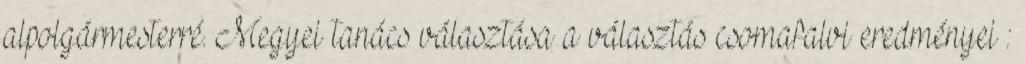
alpolgármesterré. Megyei tanács választása a választás csomafalvi eredményei :